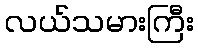
လယ်သမားကြီး